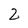
Character: 2